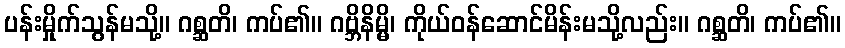
ပန်းမှိုက်သွန်မသို့။ ဂစ္ဆတိ၊ ကပ်၏။ ဂဗ္ဘိနိမ္မိ၊ ကိုယ်ဝန်ဆောင်မိန်းမသို့လည်း။ ဂစ္ဆတိ၊ ကပ်၏။